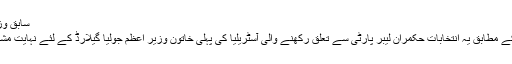
سابق وزیر اعظم کیون رڈ
سیاسی مبصرین کے مطابق یہ انتخابات حکمران لیبر پارٹی سے تعلق رکھنے والی آسٹریلیا کی پہلی خاتون وزیر اعظم جولیا گیلارڈ کے لئے نہایت مشکل ثابت ہوں گے۔